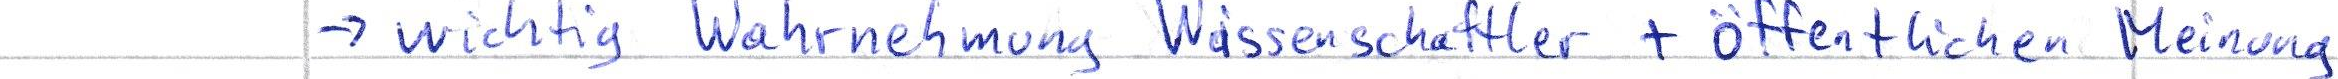
.> wichtig Wahrnehmung Wissenschaftler + öffentlichen Meinung